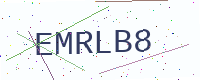
Text: EMRLB8